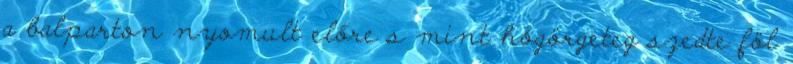
a balparton nyomult előre s mint hógörgeteg szedte föl